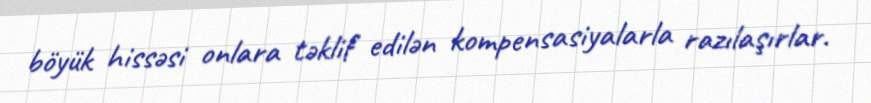
böyük hissəsi onlara təklif edilən kompensasiyalarla razılaşırlar.